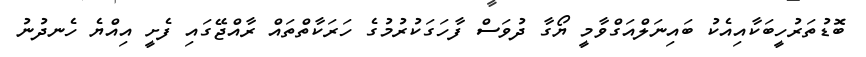
ބޮޑުތަރުހީބަކާއިއެކު ބައިނަލްއަގްވާމީ ޔޯގާ ދުވަސް ފާހަގަކުރުމުގެ ހަރަކާތްތައް ރާއްޖޭގައި ފެށީީ އިއްޔެ ހެނދުނު